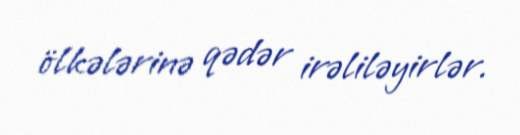
ölkələrinə qədər irəliləyirlər.